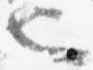
也